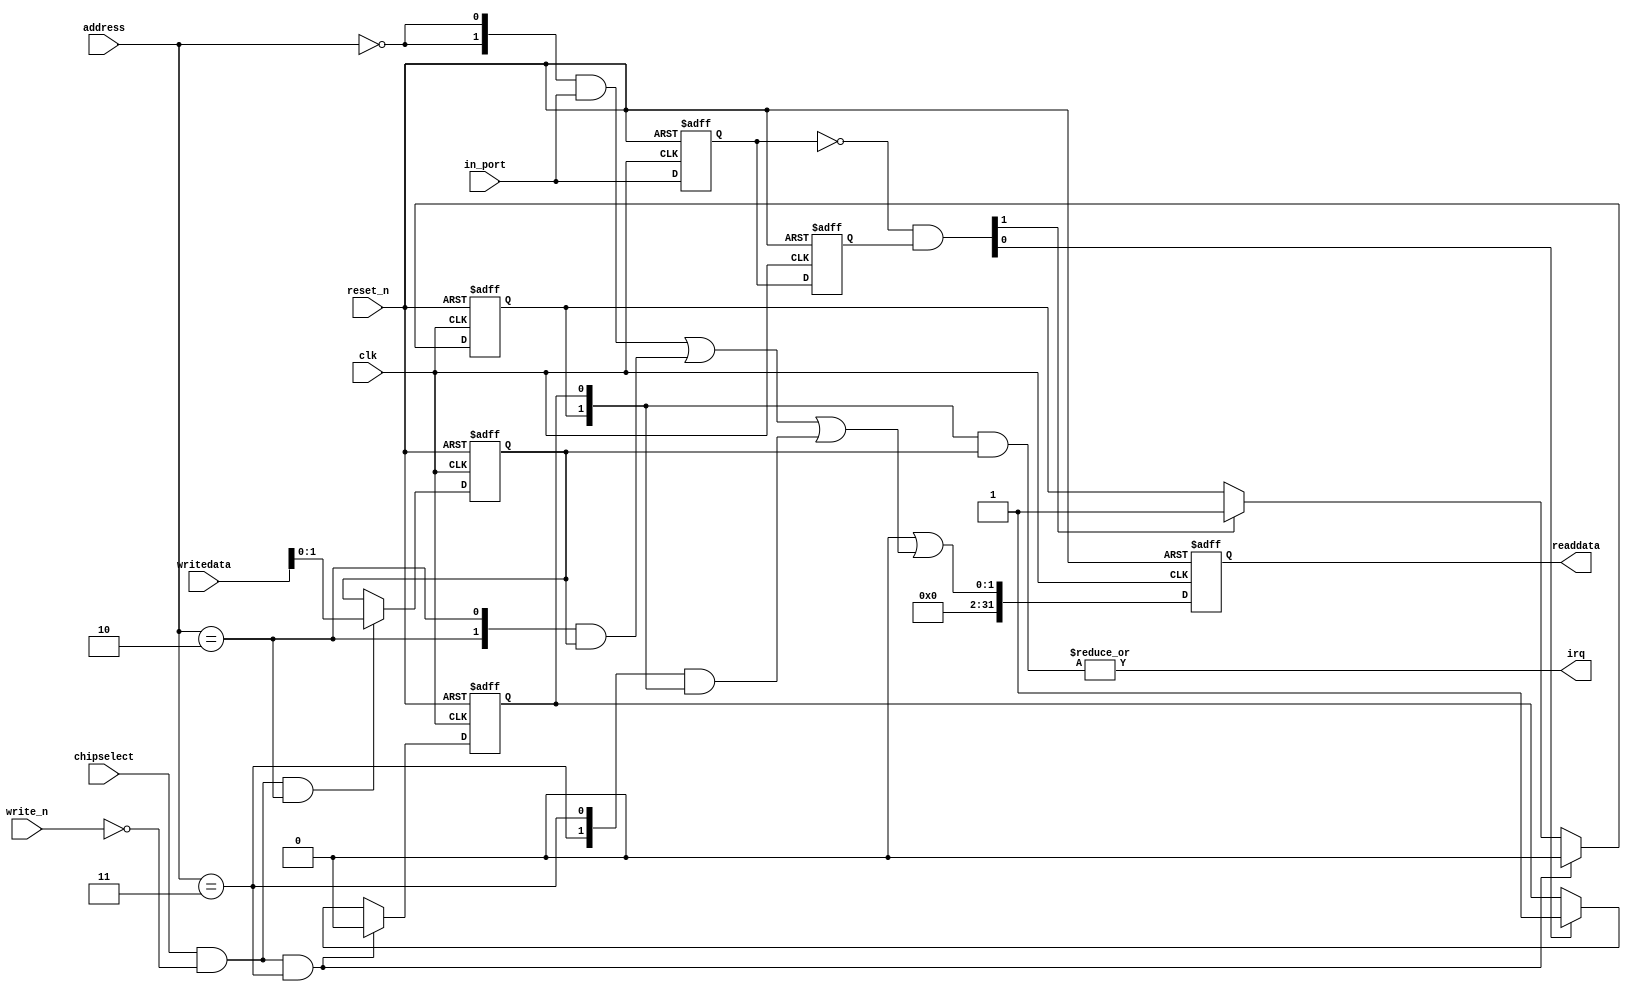
module DE0_Nano_SOPC_key (
                            address,
                            chipselect,
                            clk,
                            in_port,
                            reset_n,
                            write_n,
                            writedata,
                            irq,
                            readdata
                         )
;
  output           irq;
  output  [ 31: 0] readdata;
  input   [  1: 0] address;
  input            chipselect;
  input            clk;
  input   [  1: 0] in_port;
  input            reset_n;
  input            write_n;
  input   [ 31: 0] writedata;
  wire             clk_en;
  reg     [  1: 0] d1_data_in;
  reg     [  1: 0] d2_data_in;
  wire    [  1: 0] data_in;
  reg     [  1: 0] edge_capture;
  wire             edge_capture_wr_strobe;
  wire    [  1: 0] edge_detect;
  wire             irq;
  reg     [  1: 0] irq_mask;
  wire    [  1: 0] read_mux_out;
  reg     [ 31: 0] readdata;
  assign clk_en = 1;
  assign read_mux_out = ({2 {(address == 0)}} & data_in) |
    ({2 {(address == 2)}} & irq_mask) |
    ({2 {(address == 3)}} & edge_capture);
  always @(posedge clk or negedge reset_n)
    begin
      if (reset_n == 0)
          readdata <= 0;
      else if (clk_en)
          readdata <= {32'b0 | read_mux_out};
    end
  assign data_in = in_port;
  always @(posedge clk or negedge reset_n)
    begin
      if (reset_n == 0)
          irq_mask <= 0;
      else if (chipselect && ~write_n && (address == 2))
          irq_mask <= writedata[1 : 0];
    end
  assign irq = |(edge_capture & irq_mask);
  assign edge_capture_wr_strobe = chipselect && ~write_n && (address == 3);
  always @(posedge clk or negedge reset_n)
    begin
      if (reset_n == 0)
          edge_capture[0] <= 0;
      else if (clk_en)
          if (edge_capture_wr_strobe)
              edge_capture[0] <= 0;
          else if (edge_detect[0])
              edge_capture[0] <= -1;
    end
  always @(posedge clk or negedge reset_n)
    begin
      if (reset_n == 0)
          edge_capture[1] <= 0;
      else if (clk_en)
          if (edge_capture_wr_strobe)
              edge_capture[1] <= 0;
          else if (edge_detect[1])
              edge_capture[1] <= -1;
    end
  always @(posedge clk or negedge reset_n)
    begin
      if (reset_n == 0)
        begin
          d1_data_in <= 0;
          d2_data_in <= 0;
        end
      else if (clk_en)
        begin
          d1_data_in <= data_in;
          d2_data_in <= d1_data_in;
        end
    end
  assign edge_detect = ~d1_data_in & d2_data_in;
endmodule